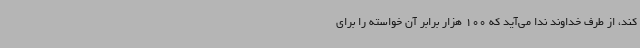
کند، از طرف خداوند ندا می‌آید که 100 هزار برابر آن خواسته را برای